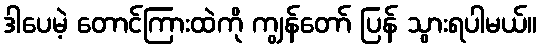
ဒါပေမဲ့ တောင်ကြားထဲကို ကျွန်တော် ပြန် သွားရပါမယ်။